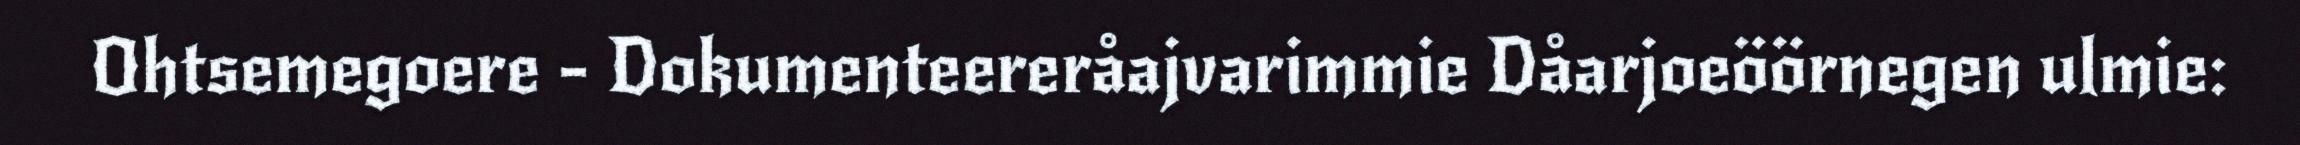
Ohtsemegoere - Dokumenteereråajvarimmie Dåarjoeöörnegen ulmie: